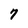
Character: 7